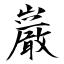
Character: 巌